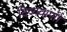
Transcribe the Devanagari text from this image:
दिव्यवाणी